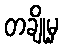
တချို့မှ